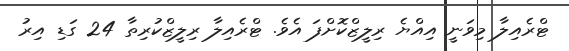
ޓްރެއިލާ މިވަނީ އިއްޔެ ރިލީޒްކޮށްފަ އެވެ. ޓްރެއިލާ ރިލީޒްކުރިތާ 24 ގަޑި އިރު